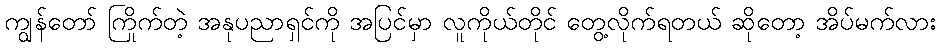
ကျွန်တော် ကြိုက်တဲ့ အနုပညာရှင်ကို အပြင်မှာ လူကိုယ်တိုင် တွေ့လိုက်ရတယ် ဆိုတော့ အိပ်မက်လား